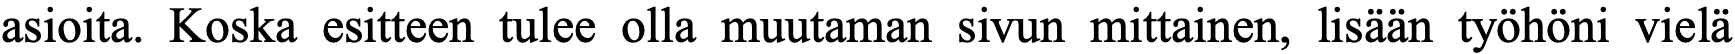
asioita. Koska esitteen tulee olla muutaman sivun mittainen, lisään työhöni vielä